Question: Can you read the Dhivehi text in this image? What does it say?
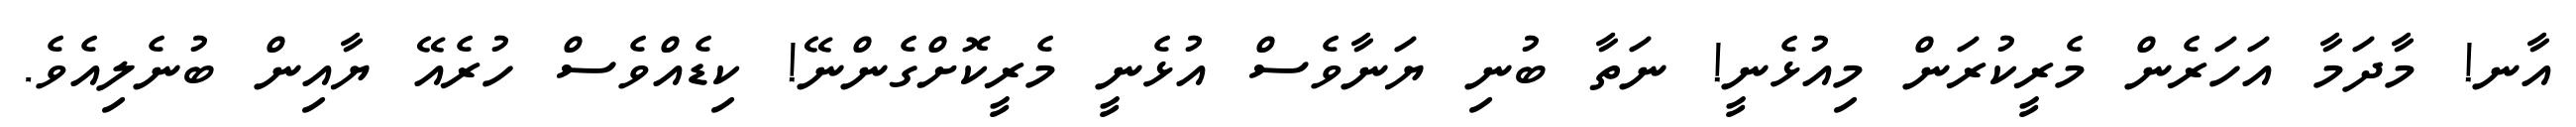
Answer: އާނ! މާދަމާ އަހަރެން މެރީކުރަން މިއުޅެނީ! ނަތާ ބުނި ޔަނާވެސް އުޅެނީ މެރީކޮށްގެންނޭ! ކިޑެއްވެސް ހުރެއޭ ޔާއިން ބުނެލިއެވެ.